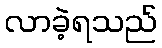
လာခဲ့ရသည်